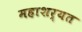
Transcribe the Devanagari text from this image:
महाशर्यत